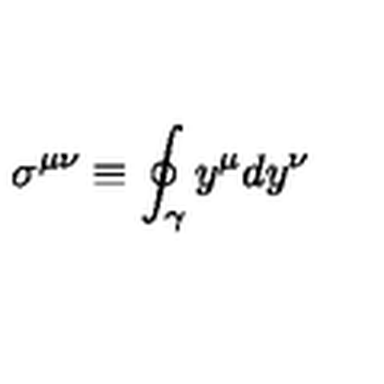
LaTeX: \sigma ^ { \mu \nu } \equiv \oint _ { \gamma } y ^ { \mu } d y ^ { \nu }